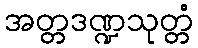
အတ္တဒဏ္ဍသုတ္တံ